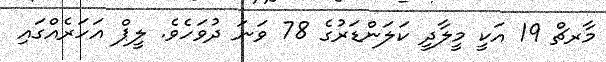
މާރޗް 19 އަކީ މީލާދީ ކަލަންޑަރުގެ 78 ވަނަ ދުވަހެވެ. ލީޕް އަހަރެއްގައި